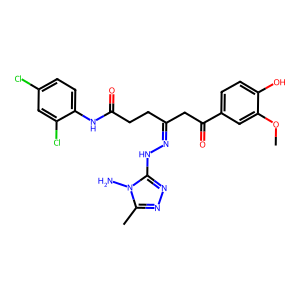
SMILES: COc1cc(C(=O)CC(CCC(=O)Nc2ccc(Cl)cc2Cl)=NNc2nnc(C)n2N)ccc1O
Inhibits HIV replication: No